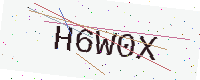
Text: H6W0X